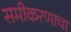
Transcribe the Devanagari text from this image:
समीकरणाचा